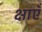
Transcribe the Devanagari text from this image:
क्षाएँ